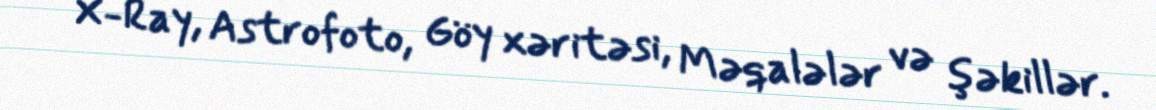
X-Ray, Astrofoto, Göy xəritəsi, Məqalələr və şəkillər.